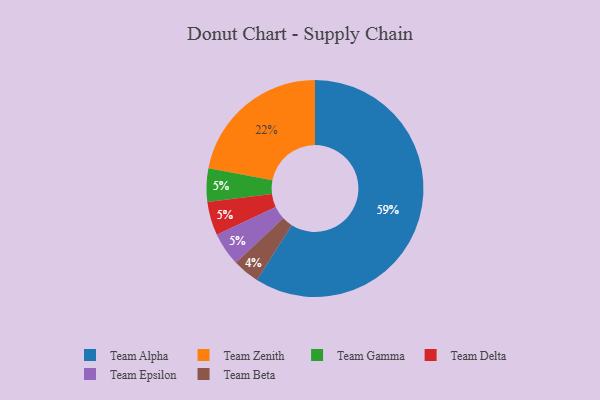
{"axis": {"x": "Category", "y": "Percentage"}, "legend": ["Team Alpha", "Team Beta", "Team Delta", "Team Epsilon", "Team Gamma", "Team Zenith"], "data": [{"x": "Team Gamma", "y": 5, "type": "Team Gamma"}, {"x": "Team Zenith", "y": 22, "type": "Team Zenith"}, {"x": "Team Delta", "y": 5, "type": "Team Delta"}, {"x": "Team Epsilon", "y": 5, "type": "Team Epsilon"}, {"x": "Team Beta", "y": 4, "type": "Team Beta"}, {"x": "Team Alpha", "y": 59, "type": "Team Alpha"}]}